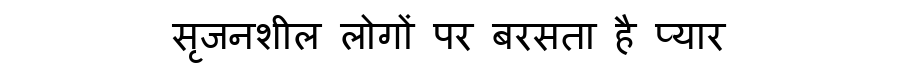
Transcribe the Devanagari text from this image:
सृजनशील लोगों पर बरसता है प्यार